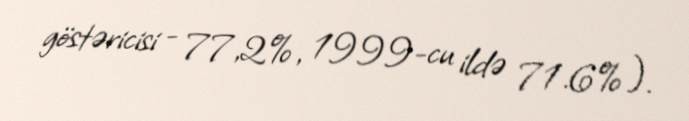
göstəricisi - 77,2%, 1999-cu ildə 71.6%).